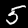
Label: 5